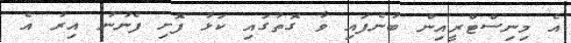
އެ މިނިސްޓްރީއިން ބުނެފައި ވާ ގޮތުގައި ކަޅު ފޮށި ފެނުނު އިރު އެ